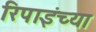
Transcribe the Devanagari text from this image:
रिपाइंच्या